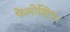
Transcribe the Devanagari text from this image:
फेलोशिप।